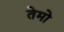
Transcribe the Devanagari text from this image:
तेमो